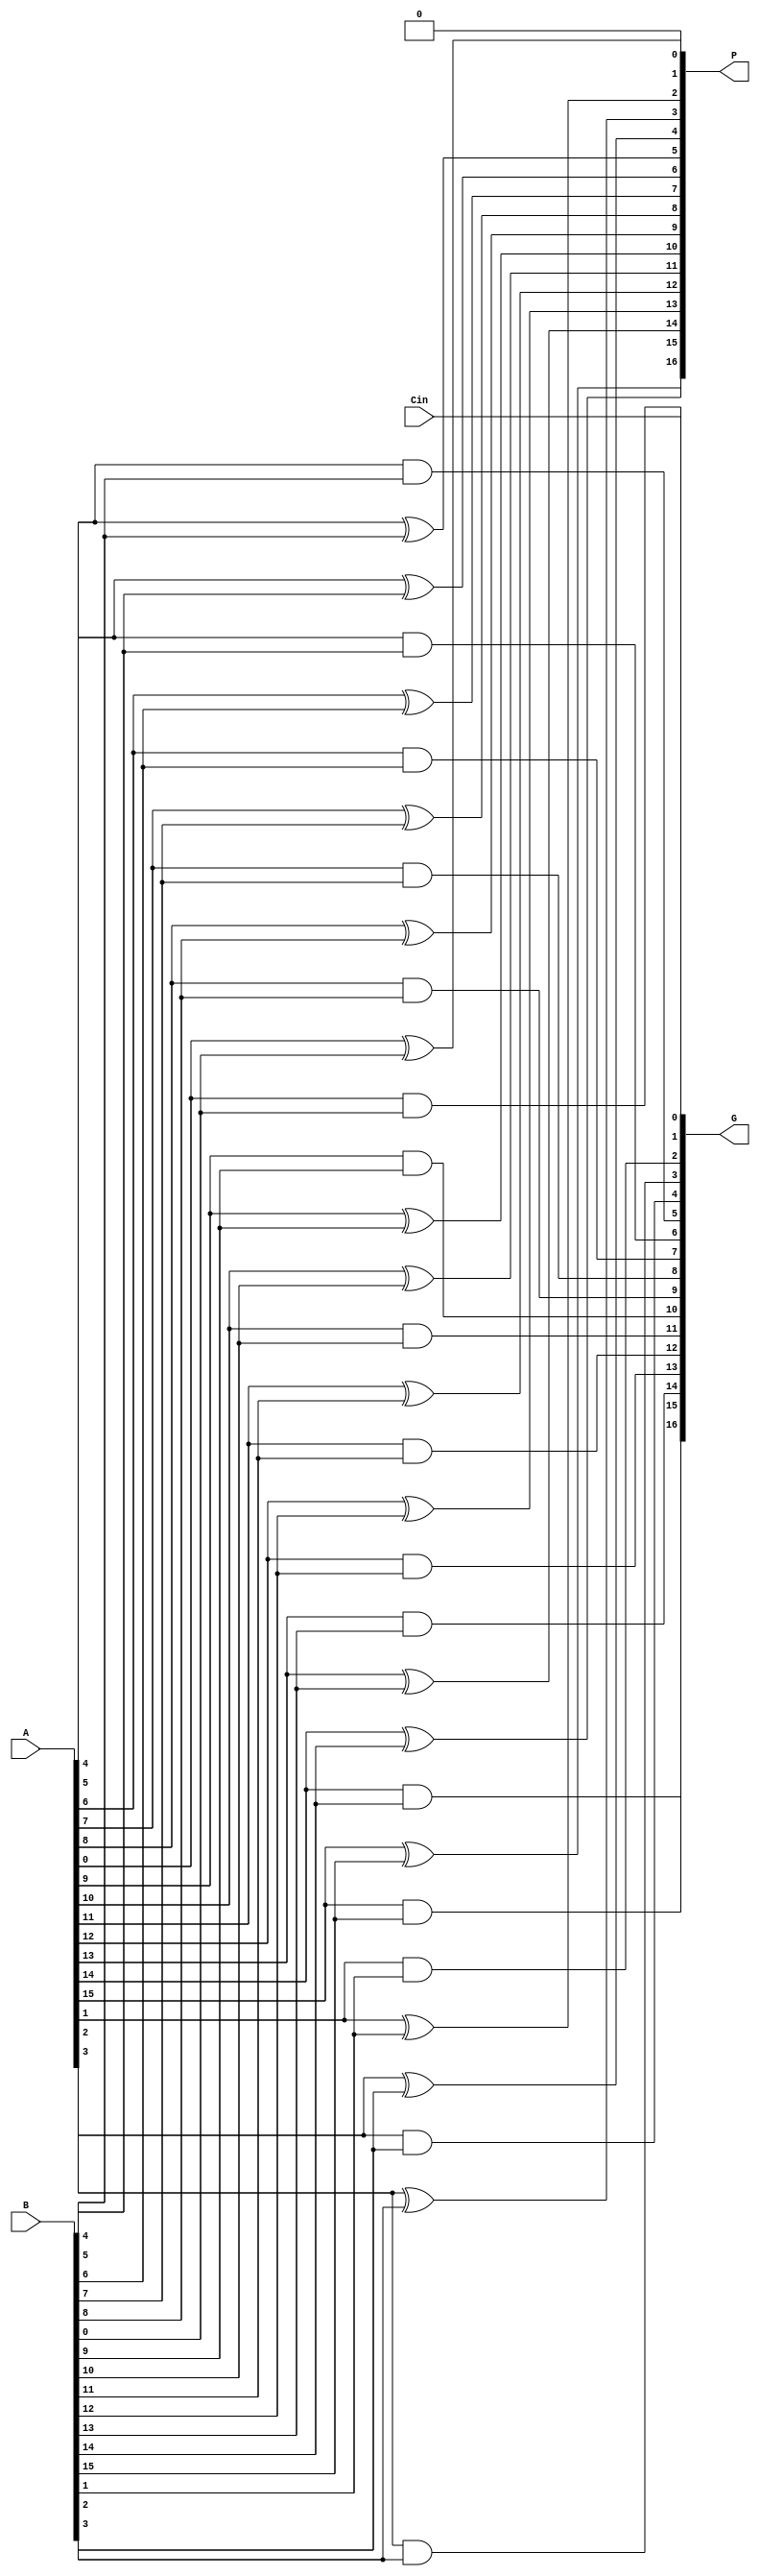
`timescale 1ns / 1ps
module Bitwise_PG #(parameter WIDTH = 16)(
    input [WIDTH:1] A,
    input [WIDTH:1] B,
    input Cin,
    output [WIDTH:0] G,
    output [WIDTH:0] P
    );
    assign P[0] = 0;
    assign G[0] = Cin;
    
    genvar i;
    generate
        for(i = 1; i <= WIDTH; i = i+1) begin: bitwise_pg
            xor x(P[i], A[i], B[i]);
            and a(G[i], A[i], B[i]);
        end
    endgenerate    
        
endmodule